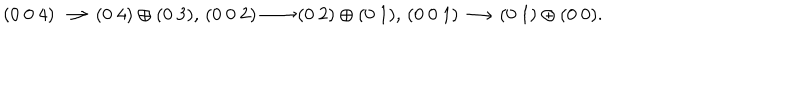
( 0 ~ 0 ~ 4 ) \longrightarrow ( 0 ~ 4 ) \oplus ( 0 ~ 3 ) , \, ( 0 ~ 0 ~ 2 ) \longrightarrow ( 0 ~ 2 ) \oplus ( 0 ~ 1 ) , \, ( 0 ~ 0 ~ 1 ) \longrightarrow ( 0 ~ 1 ) \oplus ( 0 ~ 0 ) .